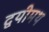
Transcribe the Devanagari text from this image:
द्वयीमथ